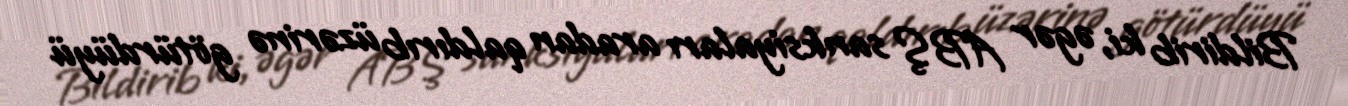
Bildirib ki, əgər ABŞ sanksiyaları aradan qaldırıb üzərinə götürdüyü